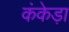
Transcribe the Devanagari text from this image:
कंकेड़ा